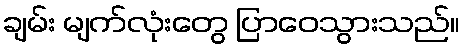
ချမ်း မျက်လုံးတွေ ပြာဝေသွားသည်။